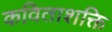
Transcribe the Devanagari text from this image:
कविताशक्ति